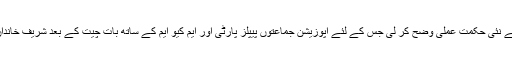
تفصیلات کے مطابق شریف خاندان نے سپریم کورٹ کی طرف سے کسی مشکل صورتحال سے بچنے کے لئے نئی حکمت عملی وضح کر لی جس کے لئے اپوزیشن جماعتوں پیپلز پارٹی اور ایم کیو ایم کے ساتھ بات چیت کے بعد شریف خاندان کے کسی ایسے فرد کو صدر بنانے پر غور کیا جا رہا ہے جس پر سابق وزیراعظم نواز شریف کا اعتماد ہو۔